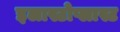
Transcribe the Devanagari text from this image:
इलास्टोप्लास्ट